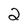
Character: 2